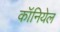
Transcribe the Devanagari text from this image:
कॉनियेल